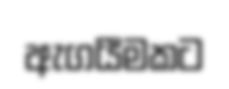
ඇගයීමකට